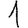
Digit: 1